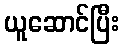
ယူဆောင်ပြီး